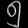
Digit: ၅